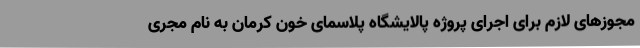
مجوزهای لازم برای اجرای پروژه پالایشگاه پلاسمای خون کرمان به نام مجری